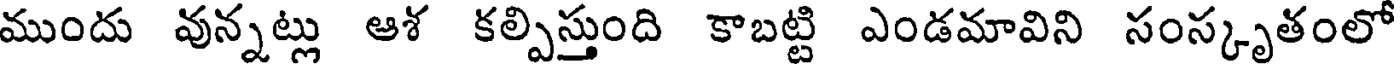
ముందు వున్నట్లు ఆశ కల్పిస్తుంది కాబట్టి ఎండమావిని సంస్కృతంలో